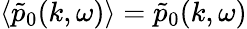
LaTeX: \langle\tilde{p}_{0}(k,\omega)\rangle=\tilde{p}_{0}(k,\omega)